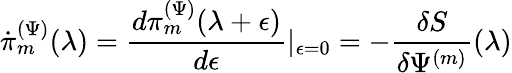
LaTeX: \dot{\pi}_{m}^{(\Psi)}(\lambda)=\frac{d\pi_{m}^{(\Psi)}(\lambda+\epsilon)}{d\epsilon}\vert_{\epsilon=0}=-\frac{\delta S}{\delta\Psi^{(m)}}(\lambda)